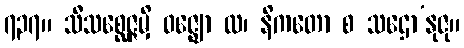
၇၃၇။ သီသစ္ဆေဇ္ဇမှိ ဝဇ္ဈော ထ၊ နိကတော စ သဌော’နုဇု။